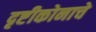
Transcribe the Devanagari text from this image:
दृष्टीकोनाचे